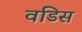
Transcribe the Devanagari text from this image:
वडिस